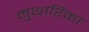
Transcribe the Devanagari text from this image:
मुथारिका